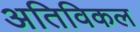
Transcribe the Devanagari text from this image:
अतिविकल